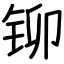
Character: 铆